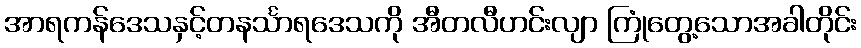
အာရကန်ဒေသနှင့်တနင်္သာရဒေသကို အီတလီဟင်းလျာ ကြုံတွေ့သောအခါတိုင်း